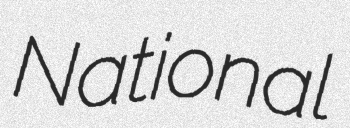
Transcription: National